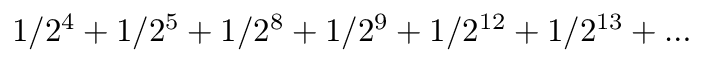
1 / 2 ^ { 4 } + 1 / 2 ^ { 5 } + 1 / 2 ^ { 8 } + 1 / 2 ^ { 9 } + 1 / 2 ^ { 1 2 } + 1 / 2 ^ { 1 3 } + \ldots